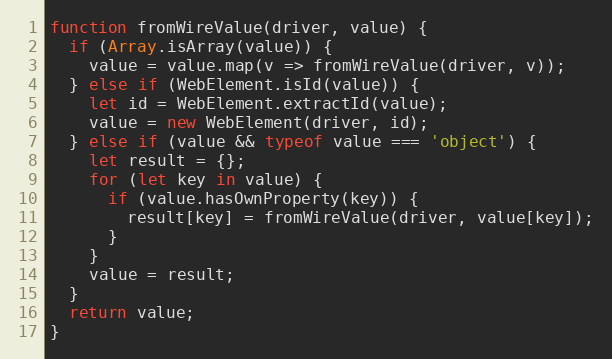
Language: JavaScript
function fromWireValue(driver, value) {
  if (Array.isArray(value)) {
    value = value.map(v => fromWireValue(driver, v));
  } else if (WebElement.isId(value)) {
    let id = WebElement.extractId(value);
    value = new WebElement(driver, id);
  } else if (value && typeof value === 'object') {
    let result = {};
    for (let key in value) {
      if (value.hasOwnProperty(key)) {
        result[key] = fromWireValue(driver, value[key]);
      }
    }
    value = result;
  }
  return value;
}